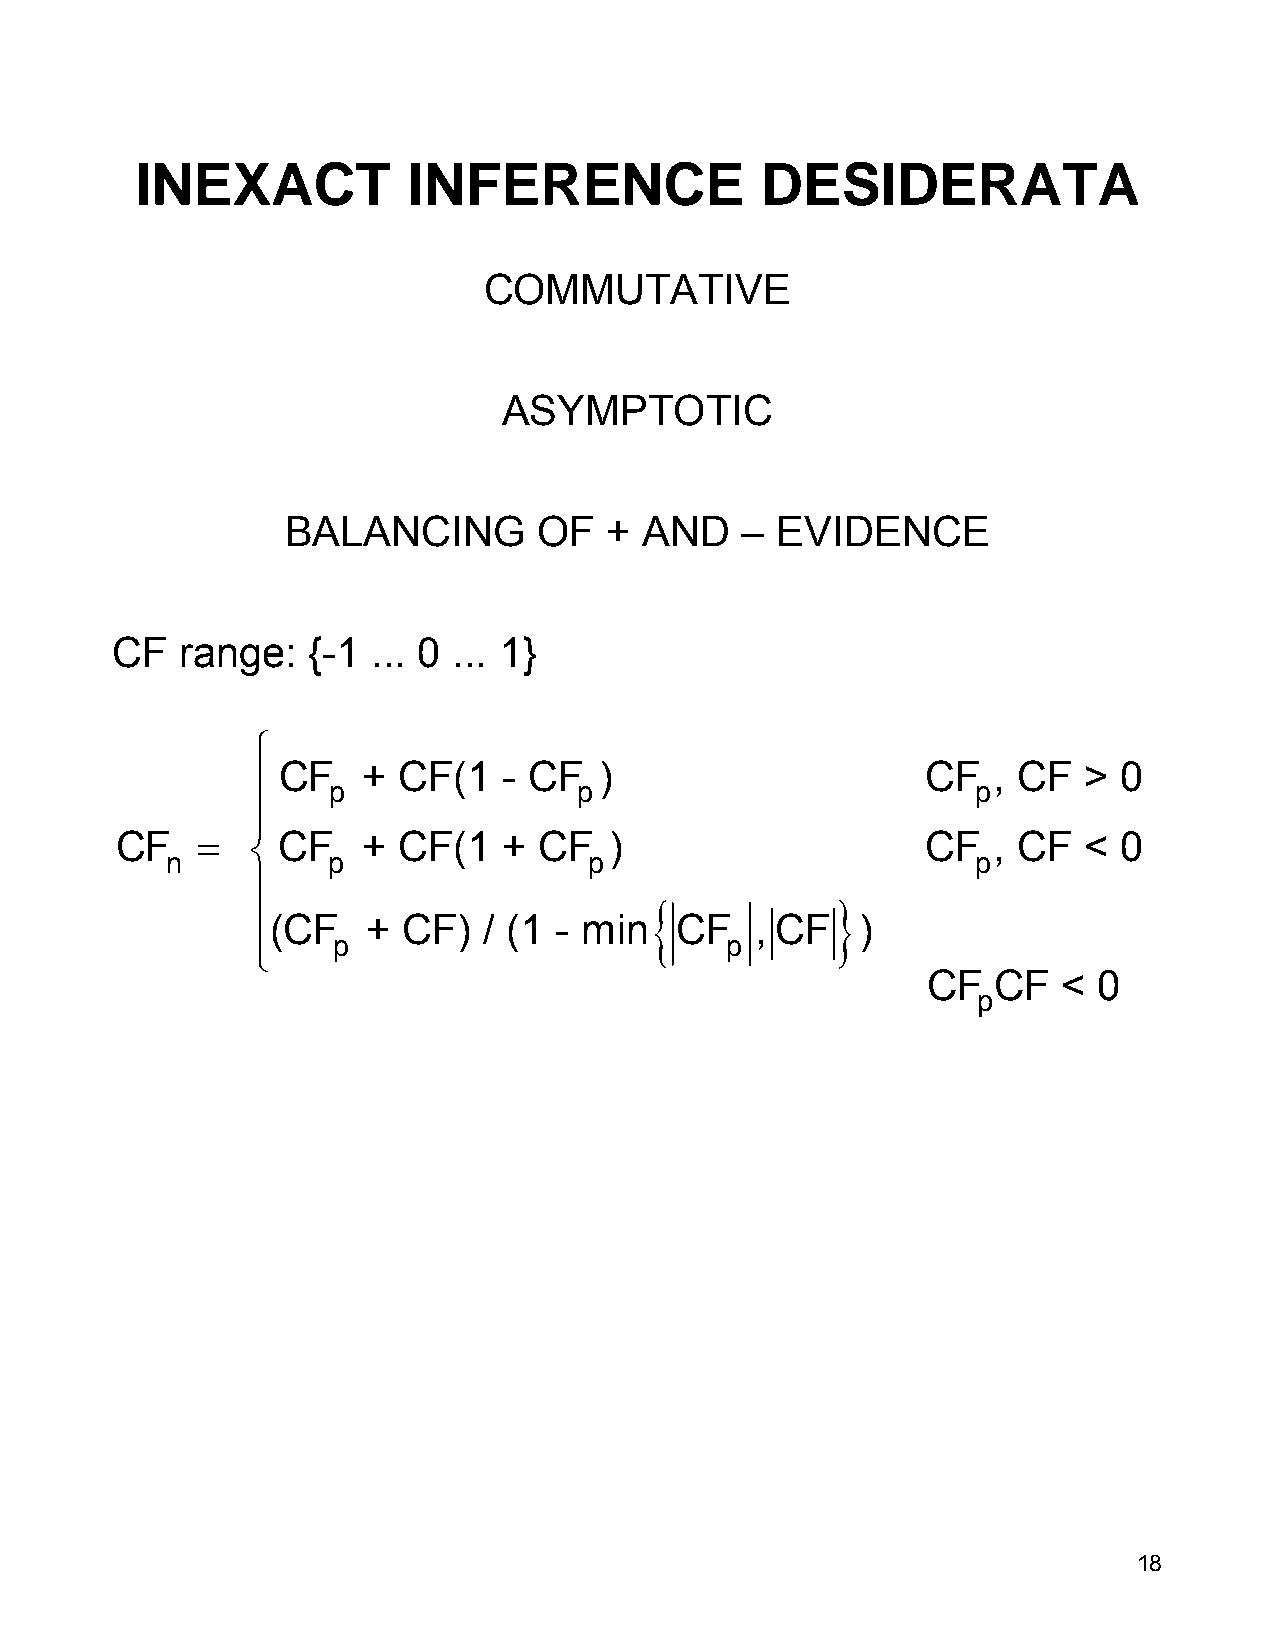
INEXACT           INFERENCE              DESIDERATA
 COMMUTATIVE
 ASYMPTOTIC
 BALANCING        OF  +  AND   – EVIDENCE
 CF   range:  {-1  ... 0 ... 1}
 ⎧
 CF    + CF(1   - CF   )                    CF   , CF  > 0
 ⎪    p               p                          p
 ⎪
 CF   =    CF    + CF(1   +  CF  )                    CF   , CF  < 0
 ⎨
 n          p                p                         p
 ⎪
 {           }
 ⎪(CF   +  CF)  / (1 - min   CF   , CF   )
 ⎩    p                         p
 CF   CF  <  0
 p
 18